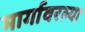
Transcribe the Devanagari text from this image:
मार्गावरल्या